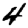
Digit: 4